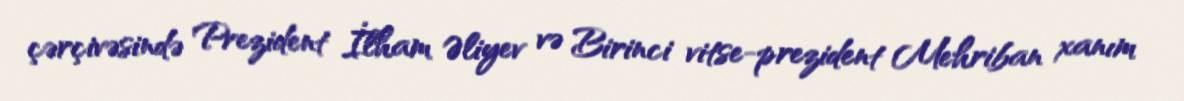
çərçivəsində Prezident İlham Əliyev və Birinci vitse-prezident Mehriban xanım